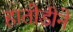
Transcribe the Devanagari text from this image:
हातोडीने